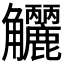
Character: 𧥗